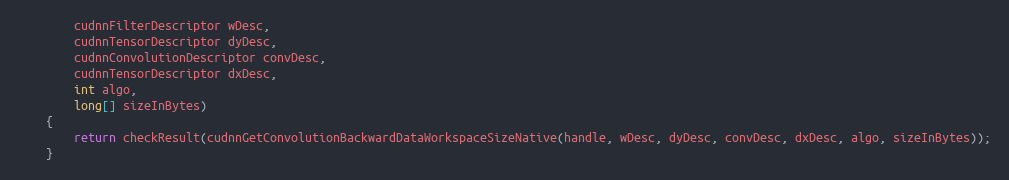
Language: Java
        cudnnFilterDescriptor wDesc,
        cudnnTensorDescriptor dyDesc,
        cudnnConvolutionDescriptor convDesc,
        cudnnTensorDescriptor dxDesc,
        int algo,
        long[] sizeInBytes)
    {
        return checkResult(cudnnGetConvolutionBackwardDataWorkspaceSizeNative(handle, wDesc, dyDesc, convDesc, dxDesc, algo, sizeInBytes));
    }